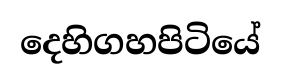
දෙහිගහපිටියේ